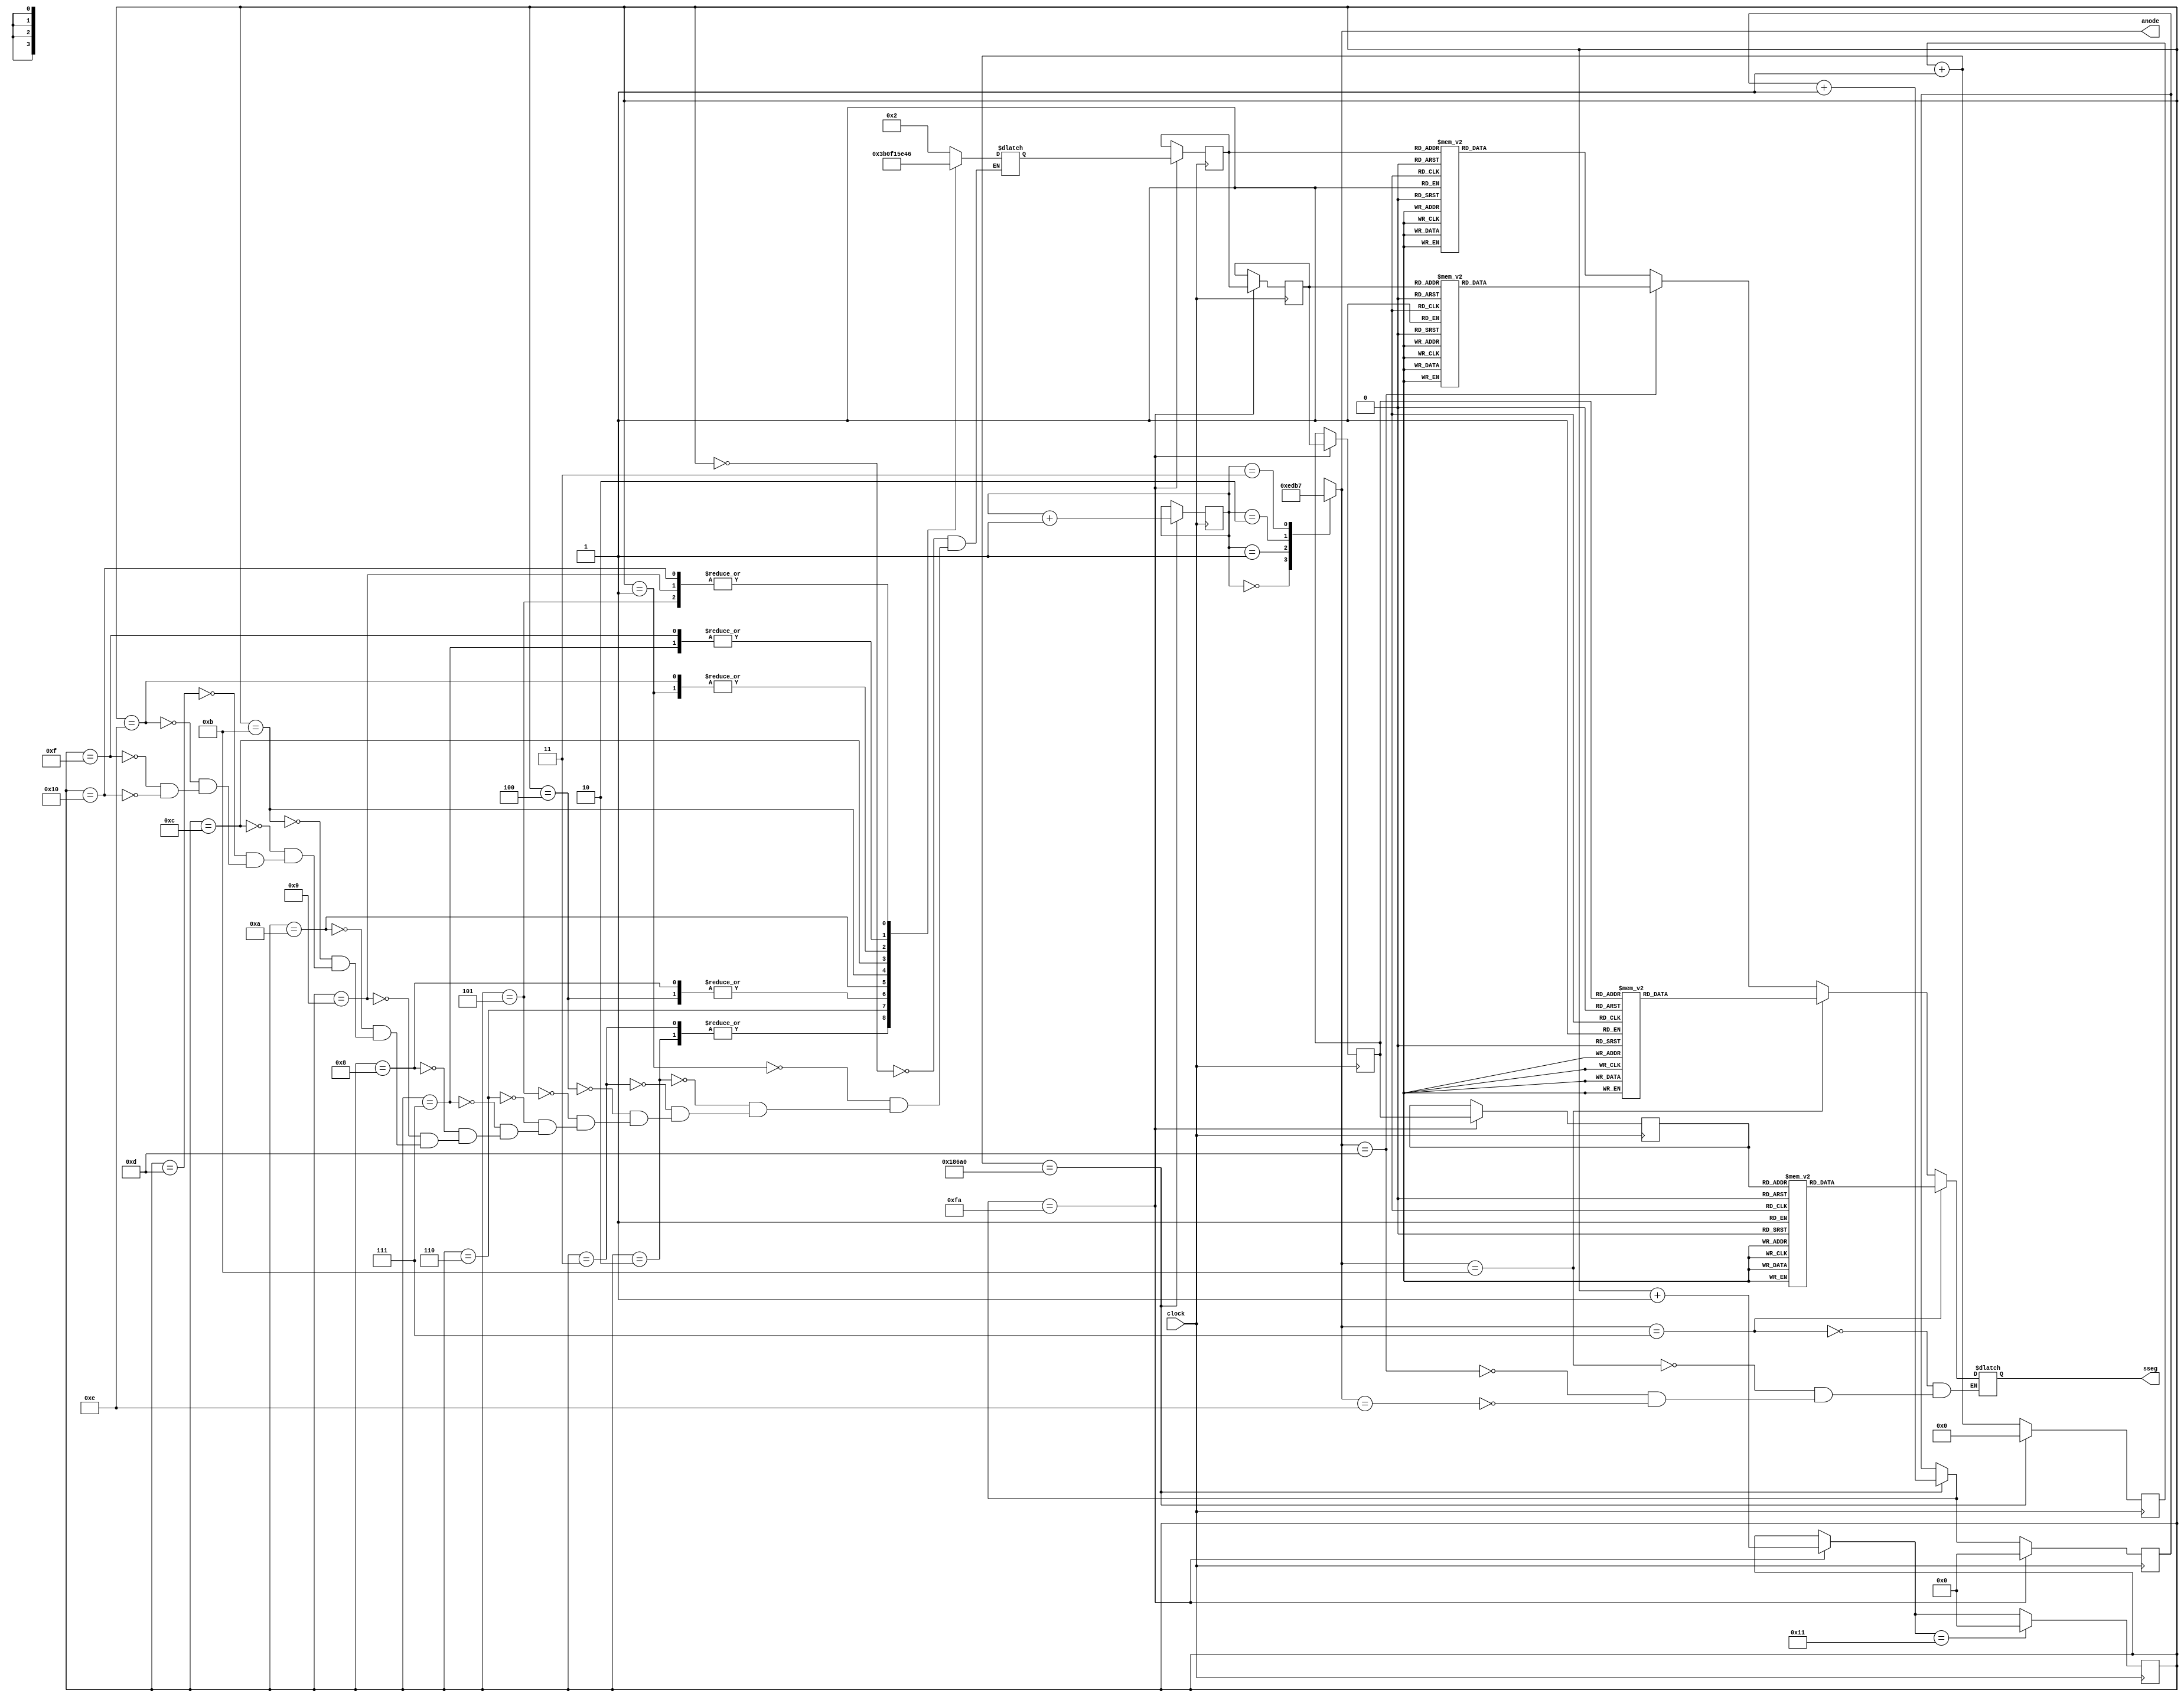
`timescale 1ns / 1ps
//////////////////////////////////////////////////////////////////////////////////
// Company: 
// 
// Design Name: 
// Module Name:    WidgetPro 
// Project Name: 
// Target Devices: 
// Tool versions: 
// Description: 
//
// Dependencies: 
//
// Revision: 
// Revision 0.01 - File Created
// Additional Comments: 
//
//////////////////////////////////////////////////////////////////////////////////
module WidgetPro(
	input clock,
	output [3:0] anode,
	output [7:0] sseg
					  );

reg [19:0] count = 0;
reg [7:0] count2 = 0;
reg [7:0] letterCount = 0;

reg [1:0] anodeSel = 0;				//Select the anode to display
reg [3:0] anodeSet = 4'b1110;		//Set the anode
reg [7:0] BCD = 0;					//Temporary storage for the segment displays
reg [3:0] seg0 = 0, 
			 seg1 = 0, 
			 seg2 = 0, 
			 seg3 = 0; //The individual sevsegs
reg [3:0] letter = 0;		//Hold the current string letter

assign sseg = BCD;
assign anode = anodeSet;


always @ (anodeSel)
begin
	case (anodeSel)
		2'b00: anodeSet = 4'b1110;
		2'b01: anodeSet = 4'b1101;
		2'b10: anodeSet = 4'b1011;
		2'b11: anodeSet = 4'b0111;
	endcase
end

always @ (posedge clock)
begin
	count = count + 1;
	
	if (count == 100000)
	begin
		count = 0;
		anodeSel = anodeSel + 1;
		count2 = count2 + 1;
	end
	
	if (count2 == 250)
	begin
		letterCount = letterCount + 1;
		count2 = 0;
		
		seg0 = seg1;
		seg1 = seg2;
		seg2 = seg3;
		seg3 = letter;
		
	end
	
	if (letterCount == 17)
		letterCount = 0;
end


always @ (letterCount)
begin
	case (letterCount)
		8'h00: letter = 4'h2; //H
		8'h01: letter = 4'hE; //E
		8'h02: letter = 4'h3; //L
		8'h03: letter = 4'h3; //L
		8'h04: letter = 4'h0; //0
		8'h05: letter = 4'h6; //space
		8'h06: letter = 4'hB; //B
		8'h07: letter = 4'h4; //r
		8'h08: letter = 4'h0; //0
		8'h09: letter = 4'h6; //space
		8'h0A: letter = 4'hF; //F
		8'h0B: letter = 4'h1; //I
		8'h0C: letter = 4'h5; //S
		8'h0D: letter = 4'h2; //H
		8'h0E: letter = 4'hE; //E
		8'h0F: letter = 4'h4; //R
		8'h10: letter = 4'h6; //space
	endcase
end

always @ (anodeSel)	//Set 
begin
	if (anodeSet == 4'b1110)
	begin
		case (seg3)
			4'h0: BCD = (8'b11000000); //0 //O
			4'h1: BCD = (8'b11111001); //1 //I
			4'h2: BCD = (8'b10001001); //H
			4'h3: BCD = (8'b11000111); //L
			4'h4: BCD = (8'b10101111); //r
			4'h5: BCD = (8'b10010010); //5 //S
			4'h6: BCD = (8'b11111111); //space
			4'hA: BCD = (8'b10001000); //A
			4'hB: BCD = (8'b10000011); //b
			4'hC: BCD = (8'b11000110); //C
			4'hD: BCD = (8'b10100001); //d
			4'hE: BCD = (8'b10000110); //E
			4'hF: BCD = (8'b10001110); //F				
			default: BCD = (8'b11111111);
		endcase
	end
	if (anodeSet == 4'b1101)
	begin
		case (seg2)
			4'h0: BCD = (8'b11000000); //0 //O
			4'h1: BCD = (8'b11111001); //1 //I
			4'h2: BCD = (8'b10001001); //H
			4'h3: BCD = (8'b11000111); //L
			4'h4: BCD = (8'b10101111); //r
			4'h5: BCD = (8'b10010010); //5 //S
			4'h6: BCD = (8'b11111111); //space
			4'hA: BCD = (8'b10001000); //A
			4'hB: BCD = (8'b10000011); //b
			4'hC: BCD = (8'b11000110); //C
			4'hD: BCD = (8'b10100001); //d
			4'hE: BCD = (8'b10000110); //E
			4'hF: BCD = (8'b10001110); //F				
			default: BCD = (8'b11111111);
		endcase
	end
	if (anodeSet == 4'b1011)
	begin
		case (seg1)
			4'h0: BCD = (8'b11000000); //0 //O
			4'h1: BCD = (8'b11111001); //1 //I
			4'h2: BCD = (8'b10001001); //H
			4'h3: BCD = (8'b11000111); //L
			4'h4: BCD = (8'b10101111); //r
			4'h5: BCD = (8'b10010010); //5 //S
			4'h6: BCD = (8'b11111111); //space
			4'hA: BCD = (8'b10001000); //A
			4'hB: BCD = (8'b10000011); //b
			4'hC: BCD = (8'b11000110); //C
			4'hD: BCD = (8'b10100001); //d
			4'hE: BCD = (8'b10000110); //E
			4'hF: BCD = (8'b10001110); //F				
			default: BCD = (8'b11111111);
		endcase
	end
	if (anodeSet == 4'b0111)
	begin
		case (seg0)
			4'h0: BCD = (8'b11000000); //0 //O
			4'h1: BCD = (8'b11111001); //1 //I
			4'h2: BCD = (8'b10001001); //H
			4'h3: BCD = (8'b11000111); //L
			4'h4: BCD = (8'b10101111); //r
			4'h5: BCD = (8'b10010010); //5 //S
			4'h6: BCD = (8'b11111111); //space
			4'hA: BCD = (8'b10001000); //A
			4'hB: BCD = (8'b10000011); //b
			4'hC: BCD = (8'b11000110); //C
			4'hD: BCD = (8'b10100001); //d
			4'hE: BCD = (8'b10000110); //E
			4'hF: BCD = (8'b10001110); //F				
			default: BCD = (8'b11111111);
		endcase
	end
end
					

endmodule